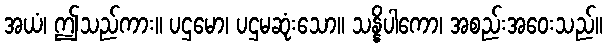
အယံ၊ ဤသည်ကား။ ပဌမော၊ ပဌမဆုံးသော။ သန္နိပါကော၊ အစည်းအဝေးသည်။